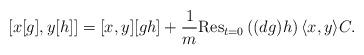
LaTeX: \begin{align*} [x[g], y[h] ]= [x,y][gh]+ \frac{1}{m} {\rm Res}_{t=0} \left((dg )h \right) \langle x, y\rangle C. \end{align*}